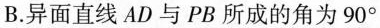
B.异面直线AD与PB所成的角为90°